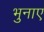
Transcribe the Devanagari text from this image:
भुनाए